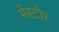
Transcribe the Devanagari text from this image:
मेंस्टोर